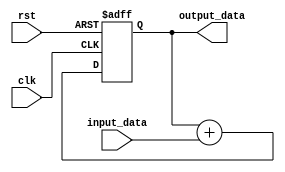
module cascaded_accumulator(
    input clk,
    input rst,
    input [7:0] input_data,
    output [15:0] output_data
);

reg [15:0] running_total;

always @(posedge clk or posedge rst) begin
    if (rst) begin
        running_total <= 16'd0;
    end else begin
        running_total <= running_total + input_data;
    end
end

assign output_data = running_total;

endmodule